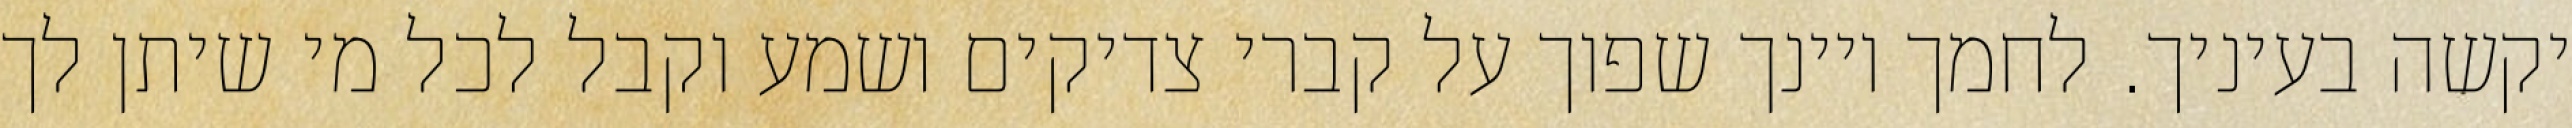
יקשה בעיניך. לחמך ויינך שפוך על קברי צדיקים ושמע וקבל לכל מי שיתן לך